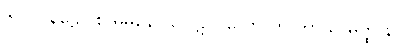
၆၀၁။ နဠော စ ဓမနော ပေါဋ၊ ဂလော တု ကာသ မိတ္ထိ န။